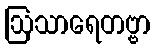
ဩသာရေတဗ္ဗာ